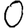
Digit: 0